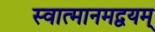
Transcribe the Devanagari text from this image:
स्वात्मानमद्वयम्